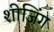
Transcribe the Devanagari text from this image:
शीजिंग